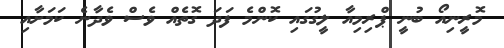
މޮރީނިއޯ ބުނީ ޕްރިމިއާ ލީގުގައި ކޮންމެ ފަދަ ގޮތެއް ވެސް ވެދާނެ ކަމަށާއި